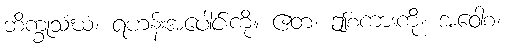
ဘိက္ခုသံဃံ၊ ရဟန်းအပေါင်းကို။ ဧတံ၊ ဤစကားကို။ အဝေါစ၊